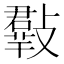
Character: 𣀄